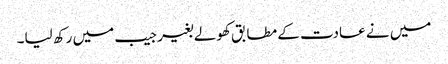
میں نے عادت کے مطابق کھولے بغیر جیب میں رکھ لیا۔